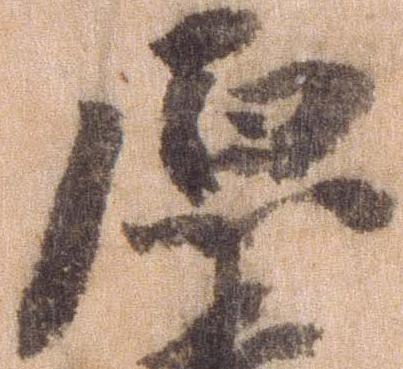
原